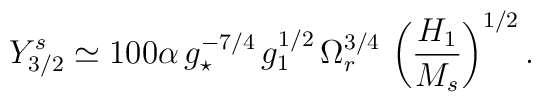
Y^s_{3/2} \simeq 100 \alpha\,g_\star^{-7/4}\, g_1^{1/2}\,\Omega_r^{3/4}\,\left (\frac{H_1}{M_s} \right )^{1/2}.